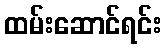
ထမ်းဆောင်ရင်း